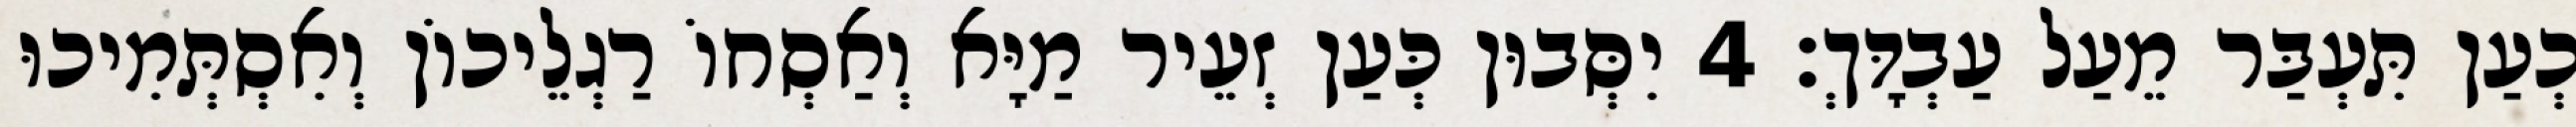
כְעַן תִּעְבַּר מֵעַל עַבְדָּךְ׃ 4 יִסְּבוּן כְּעַן זְעֵיר מַיָּא וְאַסְחוֹ רַגְלֵיכוֹן וְאִסְתְּמִיכוּ